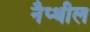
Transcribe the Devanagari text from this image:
नैप्थील